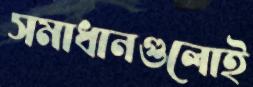
সমাধানগুলোই